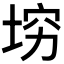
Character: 𰉴